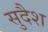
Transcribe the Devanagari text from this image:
सुदैश